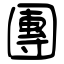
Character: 團